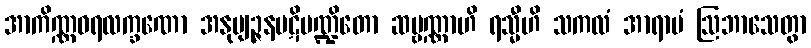
အာကိဏ္ဏဝရလက္ခဏော အနုဗျဉ္ဇနပဋိမဏ္ဍိတော ဆဗ္ဗဏ္ဏာဟိ ရသ္မီဟိ သကလံ အာရာမံ ဩဘာသေတွာ